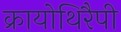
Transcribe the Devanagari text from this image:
क्रायोथिरैपी